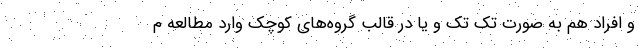
و افراد هم به صورت تک تک و یا در قالب گروه‌های کوچک وارد مطالعه م